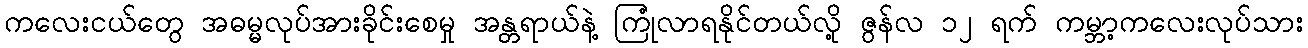
ကလေးငယ်တွေ အဓမ္မလုပ်အားခိုင်းစေမှု အန္တရာယ်နဲ့ ကြုံလာရနိုင်တယ်လို့ ဇွန်လ ၁၂ ရက် ကမ္ဘာ့ကလေးလုပ်သား